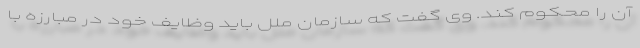
آن را محکوم کند. وی گفت که سازمان ملل باید وظایف خود در مبارزه با